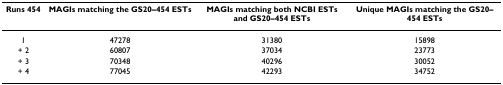
<table><thead><tr><td><b>Runs 454</b></td><td><b>MAGIs matching the GS20–454 ESTs</b></td><td><b>MAGIs matching both NCBI ESTs and GS20–454 ESTs</b></td><td><b>Unique MAGIs matching the GS20–454 ESTs</b></td></tr></thead><tbody><tr><td>1</td><td>47278</td><td>31380</td><td>15898</td></tr><tr><td>+ 2</td><td>60807</td><td>37034</td><td>23773</td></tr><tr><td>+ 3</td><td>70348</td><td>40296</td><td>30052</td></tr><tr><td>+ 4</td><td>77045</td><td>42293</td><td>34752</td></tr></tbody></table>